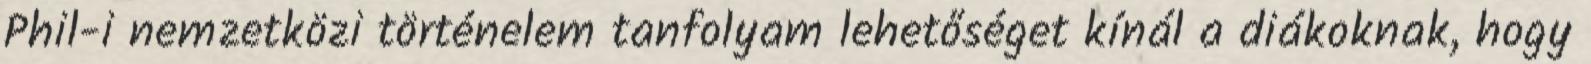
Phil-i nemzetközi történelem tanfolyam lehetőséget kínál a diákoknak, hogy